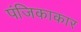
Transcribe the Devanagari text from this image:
पंजिकाकार